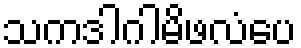
သကဒါဂါမိဖလံပေ